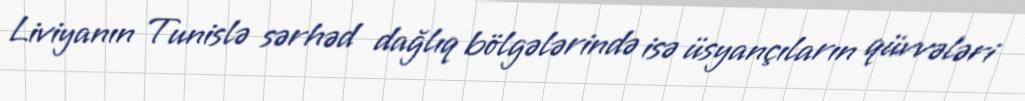
Liviyanın Tunislə sərhəd dağlıq bölgələrində isə üsyançıların qüvvələri